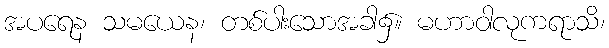
အပရေန သမယေန၊ တစ်ပါးသောအခါ၌။ မဟာဝါလုကရာသိ၊